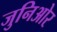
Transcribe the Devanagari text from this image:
जुनिओर